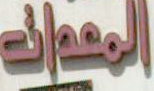
المعدات